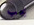
يجب